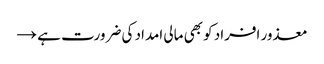
معذور افراد کو بھی مالی امداد کی ضرورت ہے →